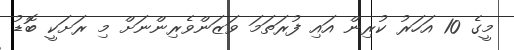
މީގެ 10 އަހަރު ކުރިން އައި ފުރަތަމަ ވަޒަންވެރިންނަށް މި ރަށަކީ ބޮޑު